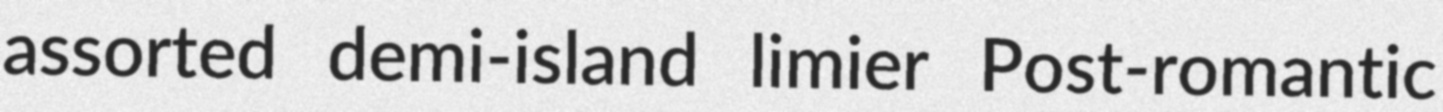
assorted demi-island limier Post-romantic